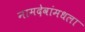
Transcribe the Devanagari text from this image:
नामदेवांमधला